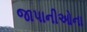
જાપાનીઓના